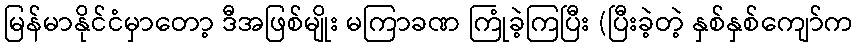
မြန်မာနိုင်ငံမှာတော့ ဒီအဖြစ်မျိုး မကြာခဏ ကြုံခဲ့ကြပြီး (ပြီးခဲ့တဲ့ နှစ်နှစ်ကျော်က